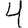
Digit: 4